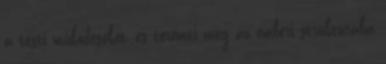
a testi működéseket, és teremti meg az emberi struktúrába